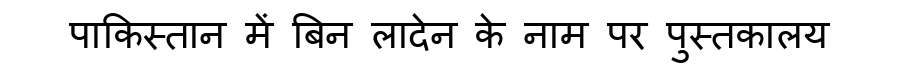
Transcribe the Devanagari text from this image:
पाकिस्तान में बिन लादेन के नाम पर पुस्तकालय